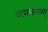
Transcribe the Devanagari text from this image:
परमभागवत्